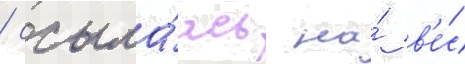
/ ссыла́ясь на́ в'е́с